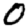
Digit: 0